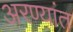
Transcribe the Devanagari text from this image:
अरण्यांत